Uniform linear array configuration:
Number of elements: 16
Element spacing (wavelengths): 0.75
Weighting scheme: hann
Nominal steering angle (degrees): -30
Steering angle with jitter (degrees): -31.335
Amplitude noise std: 0.05
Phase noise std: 0.05

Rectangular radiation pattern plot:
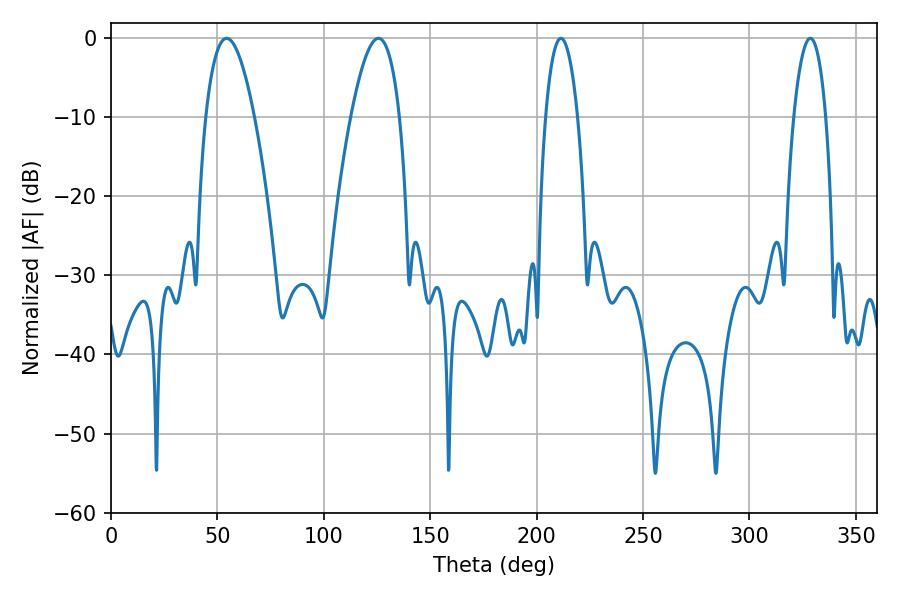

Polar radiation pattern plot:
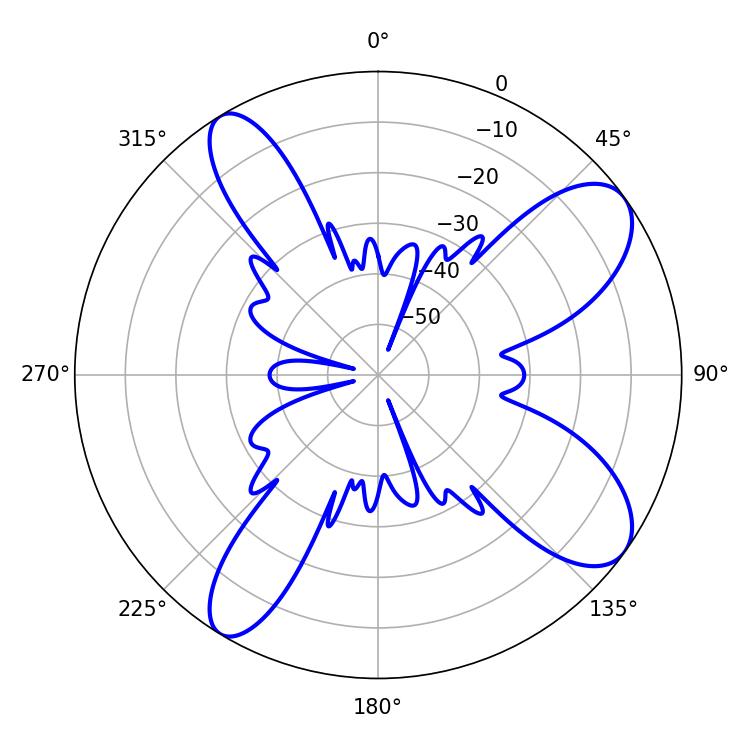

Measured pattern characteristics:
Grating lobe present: TRUE
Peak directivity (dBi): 9.56
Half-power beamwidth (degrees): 12.42
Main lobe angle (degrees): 54.36